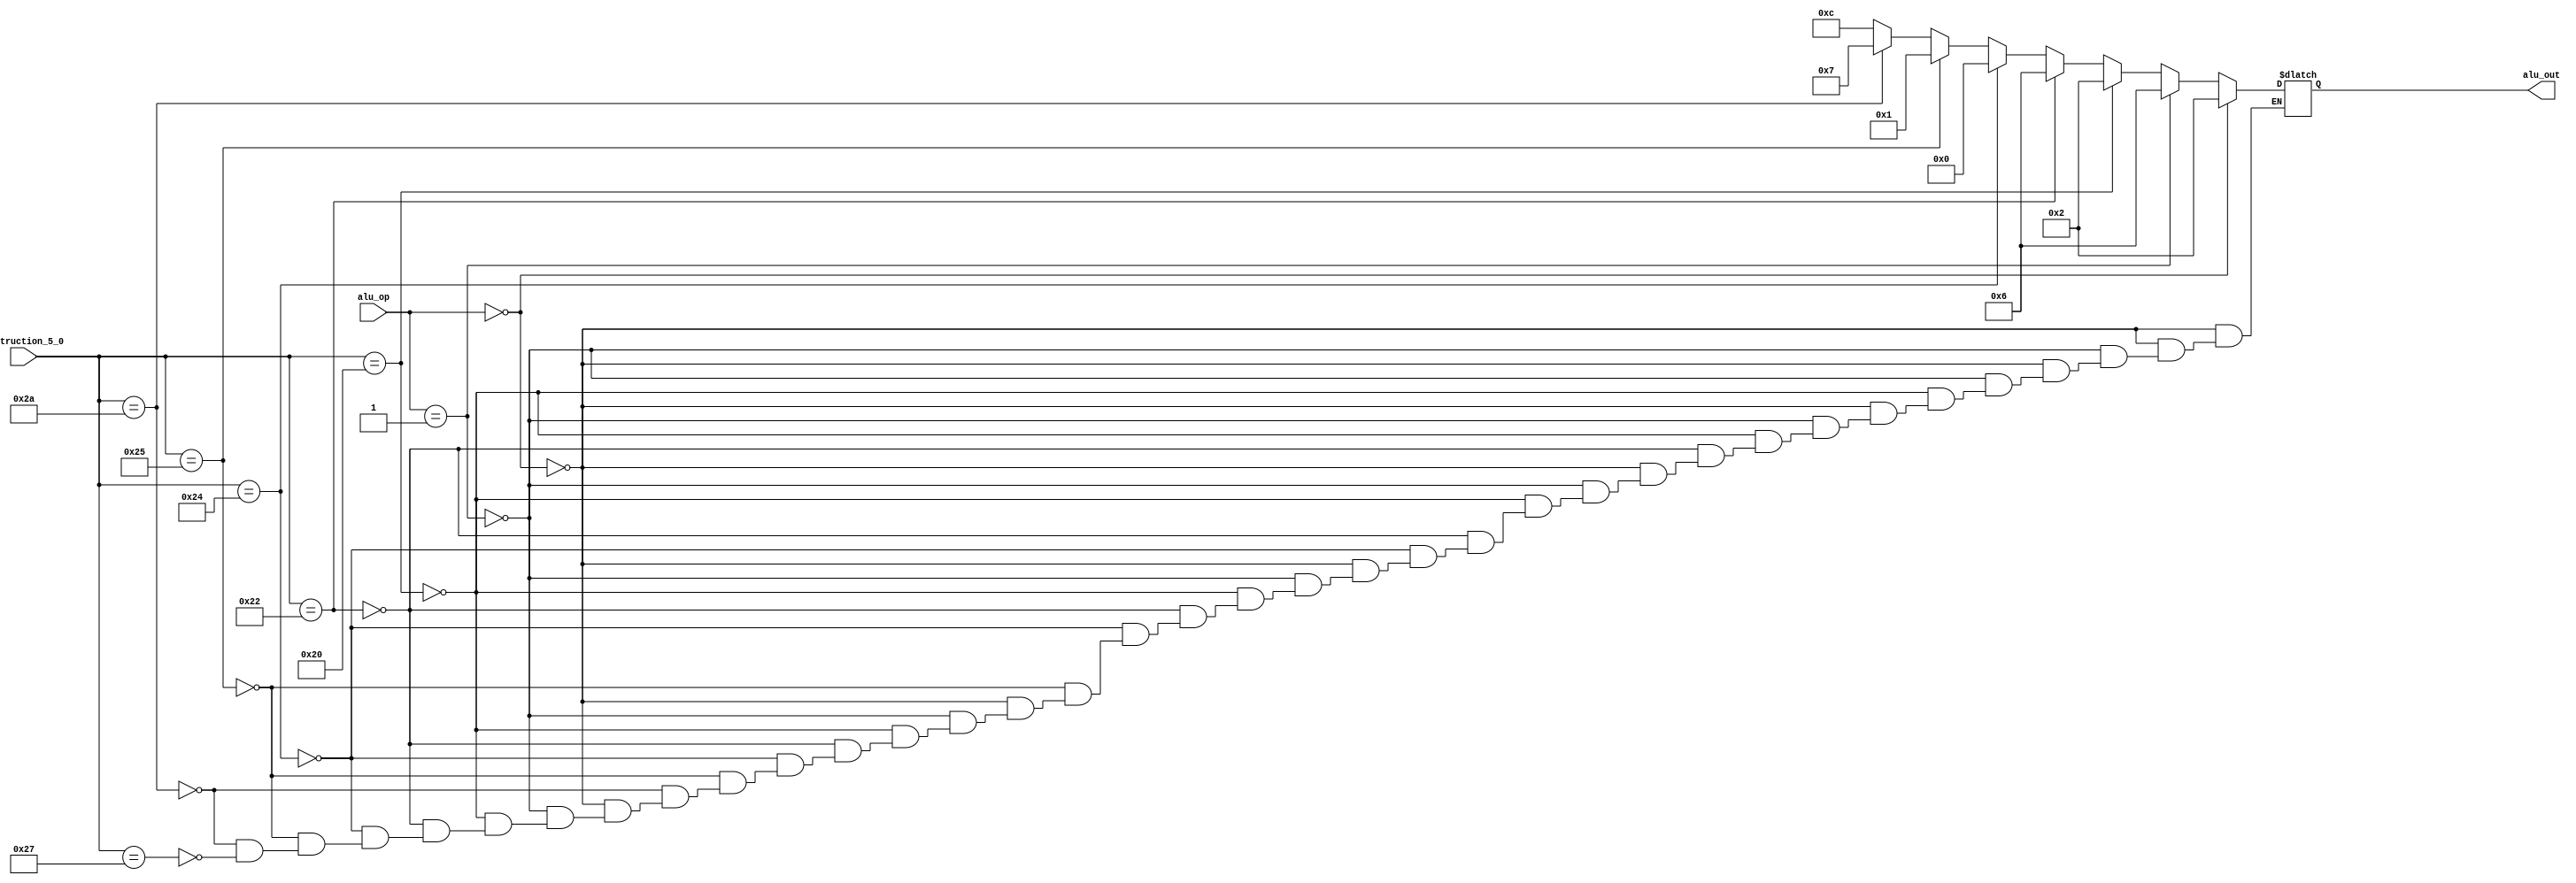
module aluControlUnit (
    input  wire [1:0] alu_op, 
    input  wire [5:0] instruction_5_0, 
    output reg [3:0] alu_out
    );

// ------------------------------
// Insert your solution below
// ------------------------------ 
always @(alu_op, instruction_5_0)
begin 

 if (alu_op==2'b00) begin // LW and SW 
	alu_out = 4'b0010; 
 end 

 else if (alu_op==2'b01) begin  // Branch 
		alu_out = 4'b0110; 
 end
 
 else begin 
    if(instruction_5_0==6'b100000) begin//ADD
        alu_out = 4'b0010;
    end
    else if(instruction_5_0==6'b100010) begin//SUB
        alu_out = 4'b0110;
    end
    else if(instruction_5_0==6'b100100) begin//AND
        alu_out = 4'b0000;
    end
    else if(instruction_5_0==6'b100101) begin//or
        alu_out = 4'b0001;
    end
    else if(instruction_5_0==6'b101010) begin//set less
        alu_out = 4'b0111;
    end
    else if(instruction_5_0==6'b100111) begin//nor
        alu_out = 4'b1100;
    end
  end // End else 

end  // End block 

endmodule